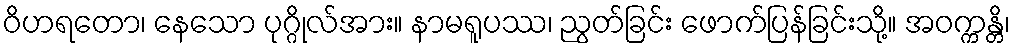
ဝိဟရတော၊ နေသော ပုဂ္ဂိုလ်အား။ နာမရူပဿ၊ ညွတ်ခြင်း ဖောက်ပြန်ခြင်းသို့။ အဝက္ကန္တိ၊